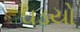
ઘડયો